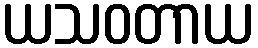
ယသဝတာယ